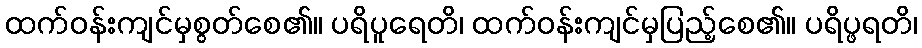
ထက်ဝန်းကျင်မှစွတ်စေ၏။ ပရိပူရေတိ၊ ထက်ဝန်းကျင်မှပြည့်စေ၏။ ပရိပ္ဖရတိ၊